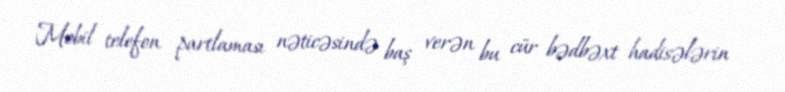
Mobil telefon partlaması nəticəsində baş verən bu cür bədbəxt hadisələrin